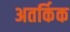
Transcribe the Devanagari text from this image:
अतर्किक